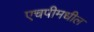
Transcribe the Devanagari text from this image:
एचपीमधील